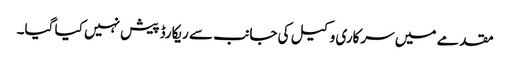
مقدمے میں سرکاری وکیل کی جانب سے ریکارڈ پیش نہیں کیا گیا۔